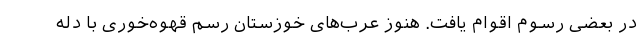
در بعضی رسوم اقوام یافت. هنوز عرب‌های خوزستان رسم قهوه‌خوری با دله